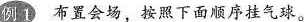
例D布置会场，按照下面顺序挂气球。